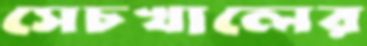
সেচখালের